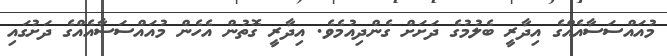
މުއައްސަސާއެއްގެ އިދާރީ ބެލުމުގެ ދަށަށް ގެންދިއުމެވެ. އިދާރީ ގޮތުން އެހެން މުއައްސަސާއެއްގެ ދަށުގައި